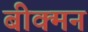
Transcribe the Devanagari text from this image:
बीक्मन